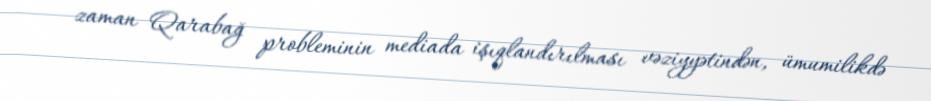
zaman Qarabağ probleminin mediada işıqlandırılması vəziyyətindən, ümumilikdə